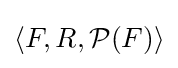
\langle F,R,{\mathcal {P}}(F)\rangle